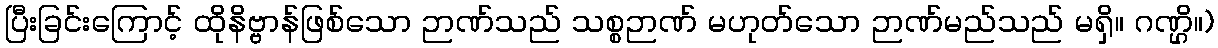
ပြီးခြင်းကြောင့် ထိုနိဗ္ဗာန်ဖြစ်သော ဉာဏ်သည် သစ္စဉာဏ် မဟုတ်သော ဉာဏ်မည်သည် မရှိ။ ဂဏ္ဌိ။)